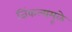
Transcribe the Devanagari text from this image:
जिंकल्यमूळे